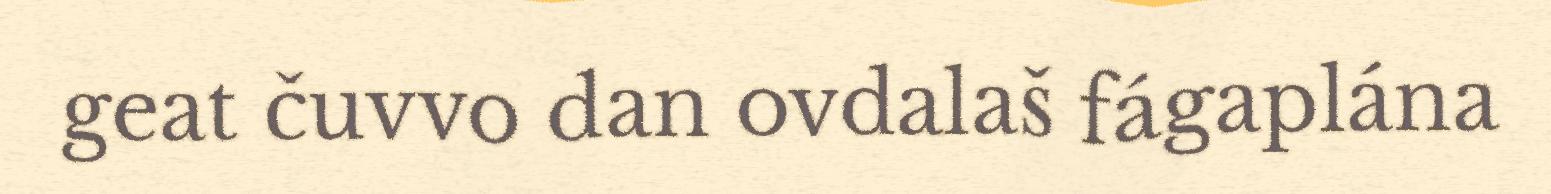
geat čuvvo dan ovdalaš fágaplána